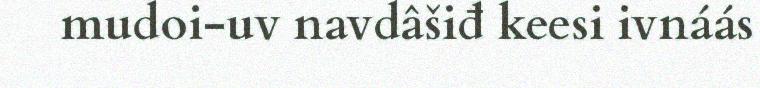
mudoi-uv navdâšiđ keesi ivnáás